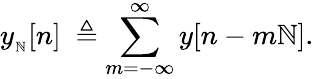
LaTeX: y_{_{\mathbb{N}}}[n]\ \triangleq\sum_{m=-\infty}^{\infty}y[n-m\mathbb{N}].